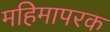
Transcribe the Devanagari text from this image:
महिमापरक